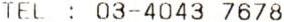
TEL : 03-4043 7678